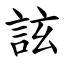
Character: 詃